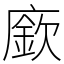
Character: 廞